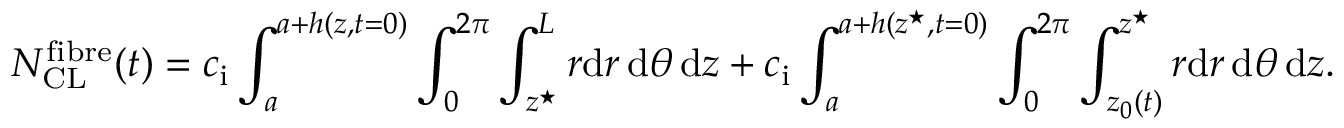
N _ { \mathrm { C L } } ^ { \mathrm { f i b r e } } ( t ) = c _ { \mathrm { i } } \int _ { a } ^ { a + h ( z , t = 0 ) } \int _ { 0 } ^ { 2 \pi } \int _ { z ^ { \star } } ^ { L } r \mathrm { d } r \, \mathrm { d } \theta \, \mathrm { d } z + c _ { \mathrm { i } } \int _ { a } ^ { a + h ( z ^ { \star } , t = 0 ) } \int _ { 0 } ^ { 2 \pi } \int _ { z _ { 0 } ( t ) } ^ { z ^ { \star } } r \mathrm { d } r \, \mathrm { d } \theta \, \mathrm { d } z .